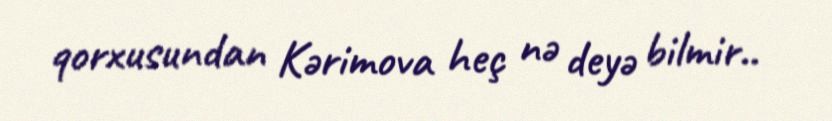
qorxusundan Kərimova heç nə deyə bilmir..